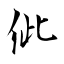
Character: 佌